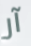
آر